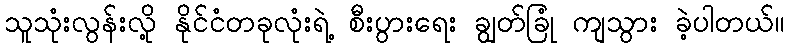
သူသုံးလွန်းလို့ နိုင်ငံတခုလုံးရဲ့ စီးပွားရေး ချွတ်ခြုံ ကျသွား ခဲ့ပါတယ်။